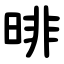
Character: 㫵